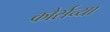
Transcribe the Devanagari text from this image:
कोर्सच्या